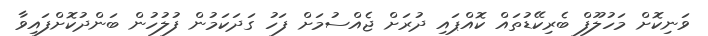
ވަނިކޮށް މަހުލޫފް ބެރިކޭޑުތައް ކޮއްޕައި ދުރަށް ޖެއްސުމަށް ފަހު ގަދަކަމުން ފުލުހުން ބަންދުކޮށްފައިވާ